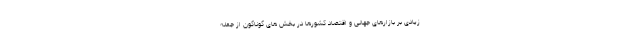
زیادی بر بازارهای جهانی و اقتصاد کشورها در بخش های گوناگون از جمله